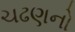
ચઢણનો